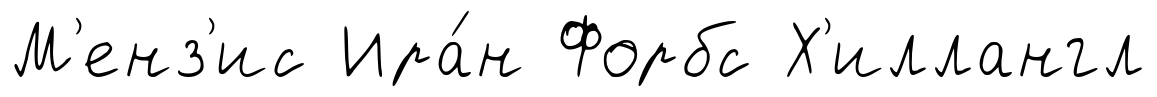
М'енз'ис Ира́н Форбс Х'иллангл